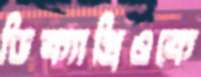
ডিক্যাপ্রিওকে